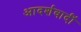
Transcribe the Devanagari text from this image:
आदर्शवादीें